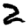
Digit: 2